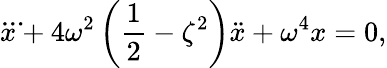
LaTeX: \ddddot{x}+4\omega^{2}\left(\frac{1}{2}-\zeta^{2}\right)\ddot{x}+\omega^{4}x=0,